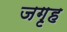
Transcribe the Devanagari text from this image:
जगृह